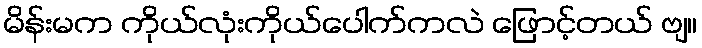
မိန်းမက ကိုယ်လုံးကိုယ်ပေါက်ကလဲ ဖြောင့်တယ် ဗျ။